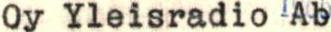
Oy Yleisradio Ab